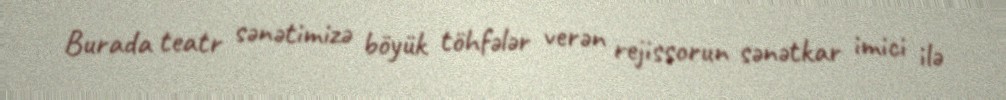
Burada teatr sənətimizə böyük töhfələr verən rejissorun sənətkar imici ilə